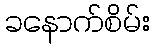
ခနောက်စိမ်း